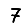
Digit: 7